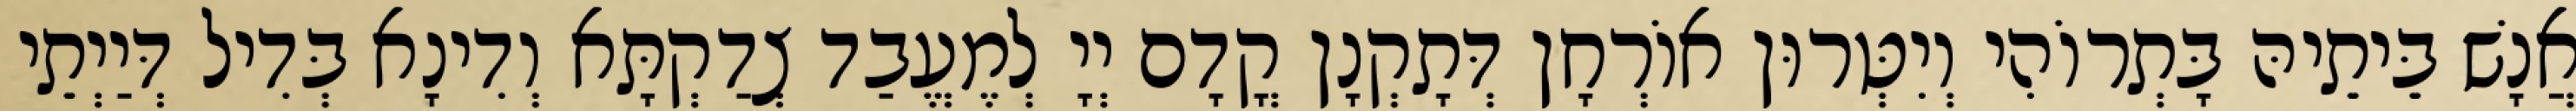
אֲנָשׁ בֵּיתֵיהּ בָּתְרוֹהִי וְיִטְּרוּן אוֹרְחָן דְּתָקְנָן קֳדָם יְיָ לְמֶעֱבַד צְדַקְתָּא וְדִינָא בְּדִיל דְּיַיְתֵי